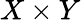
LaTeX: X\times Y